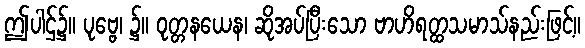
ဤပါဌ်၌။ ပုဗ္ဗေ၊ ၌။ ဝုတ္တနယေန၊ ဆိုအပ်ပြီးသော ဗာဟိရတ္ထသမာသ်နည်းဖြင့်။